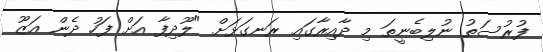
ފުރުސަތު ނުލިބެނީތަ މި ދާއިރާގައި ރަނގަޅަށް "ލޫދިފާ އަށް ފަހު ދެން އަޒޫ